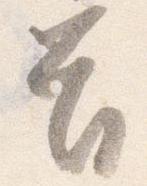
首